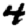
Digit: 4